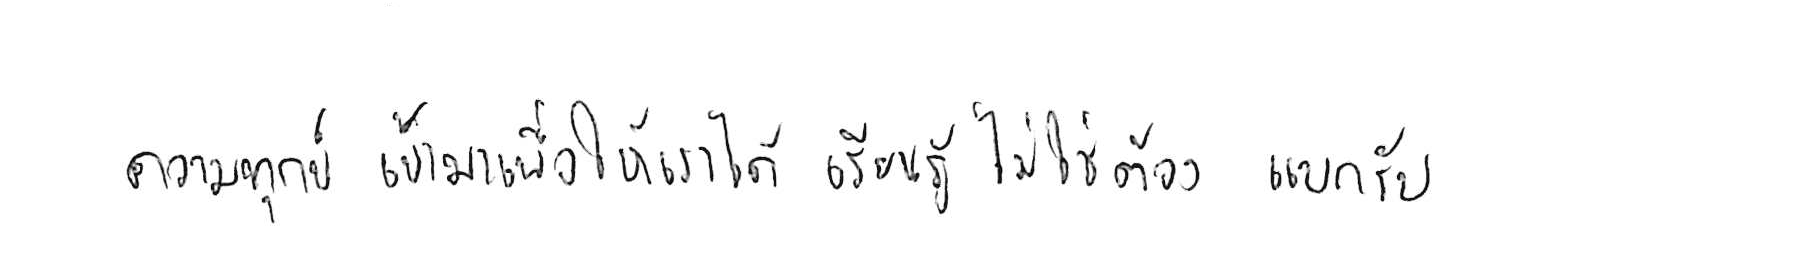
ความทุกข์ เข้ามาเพื่อให้เราได้ เรียนรู้ ไม่ใช่ต้อง แบกรับ